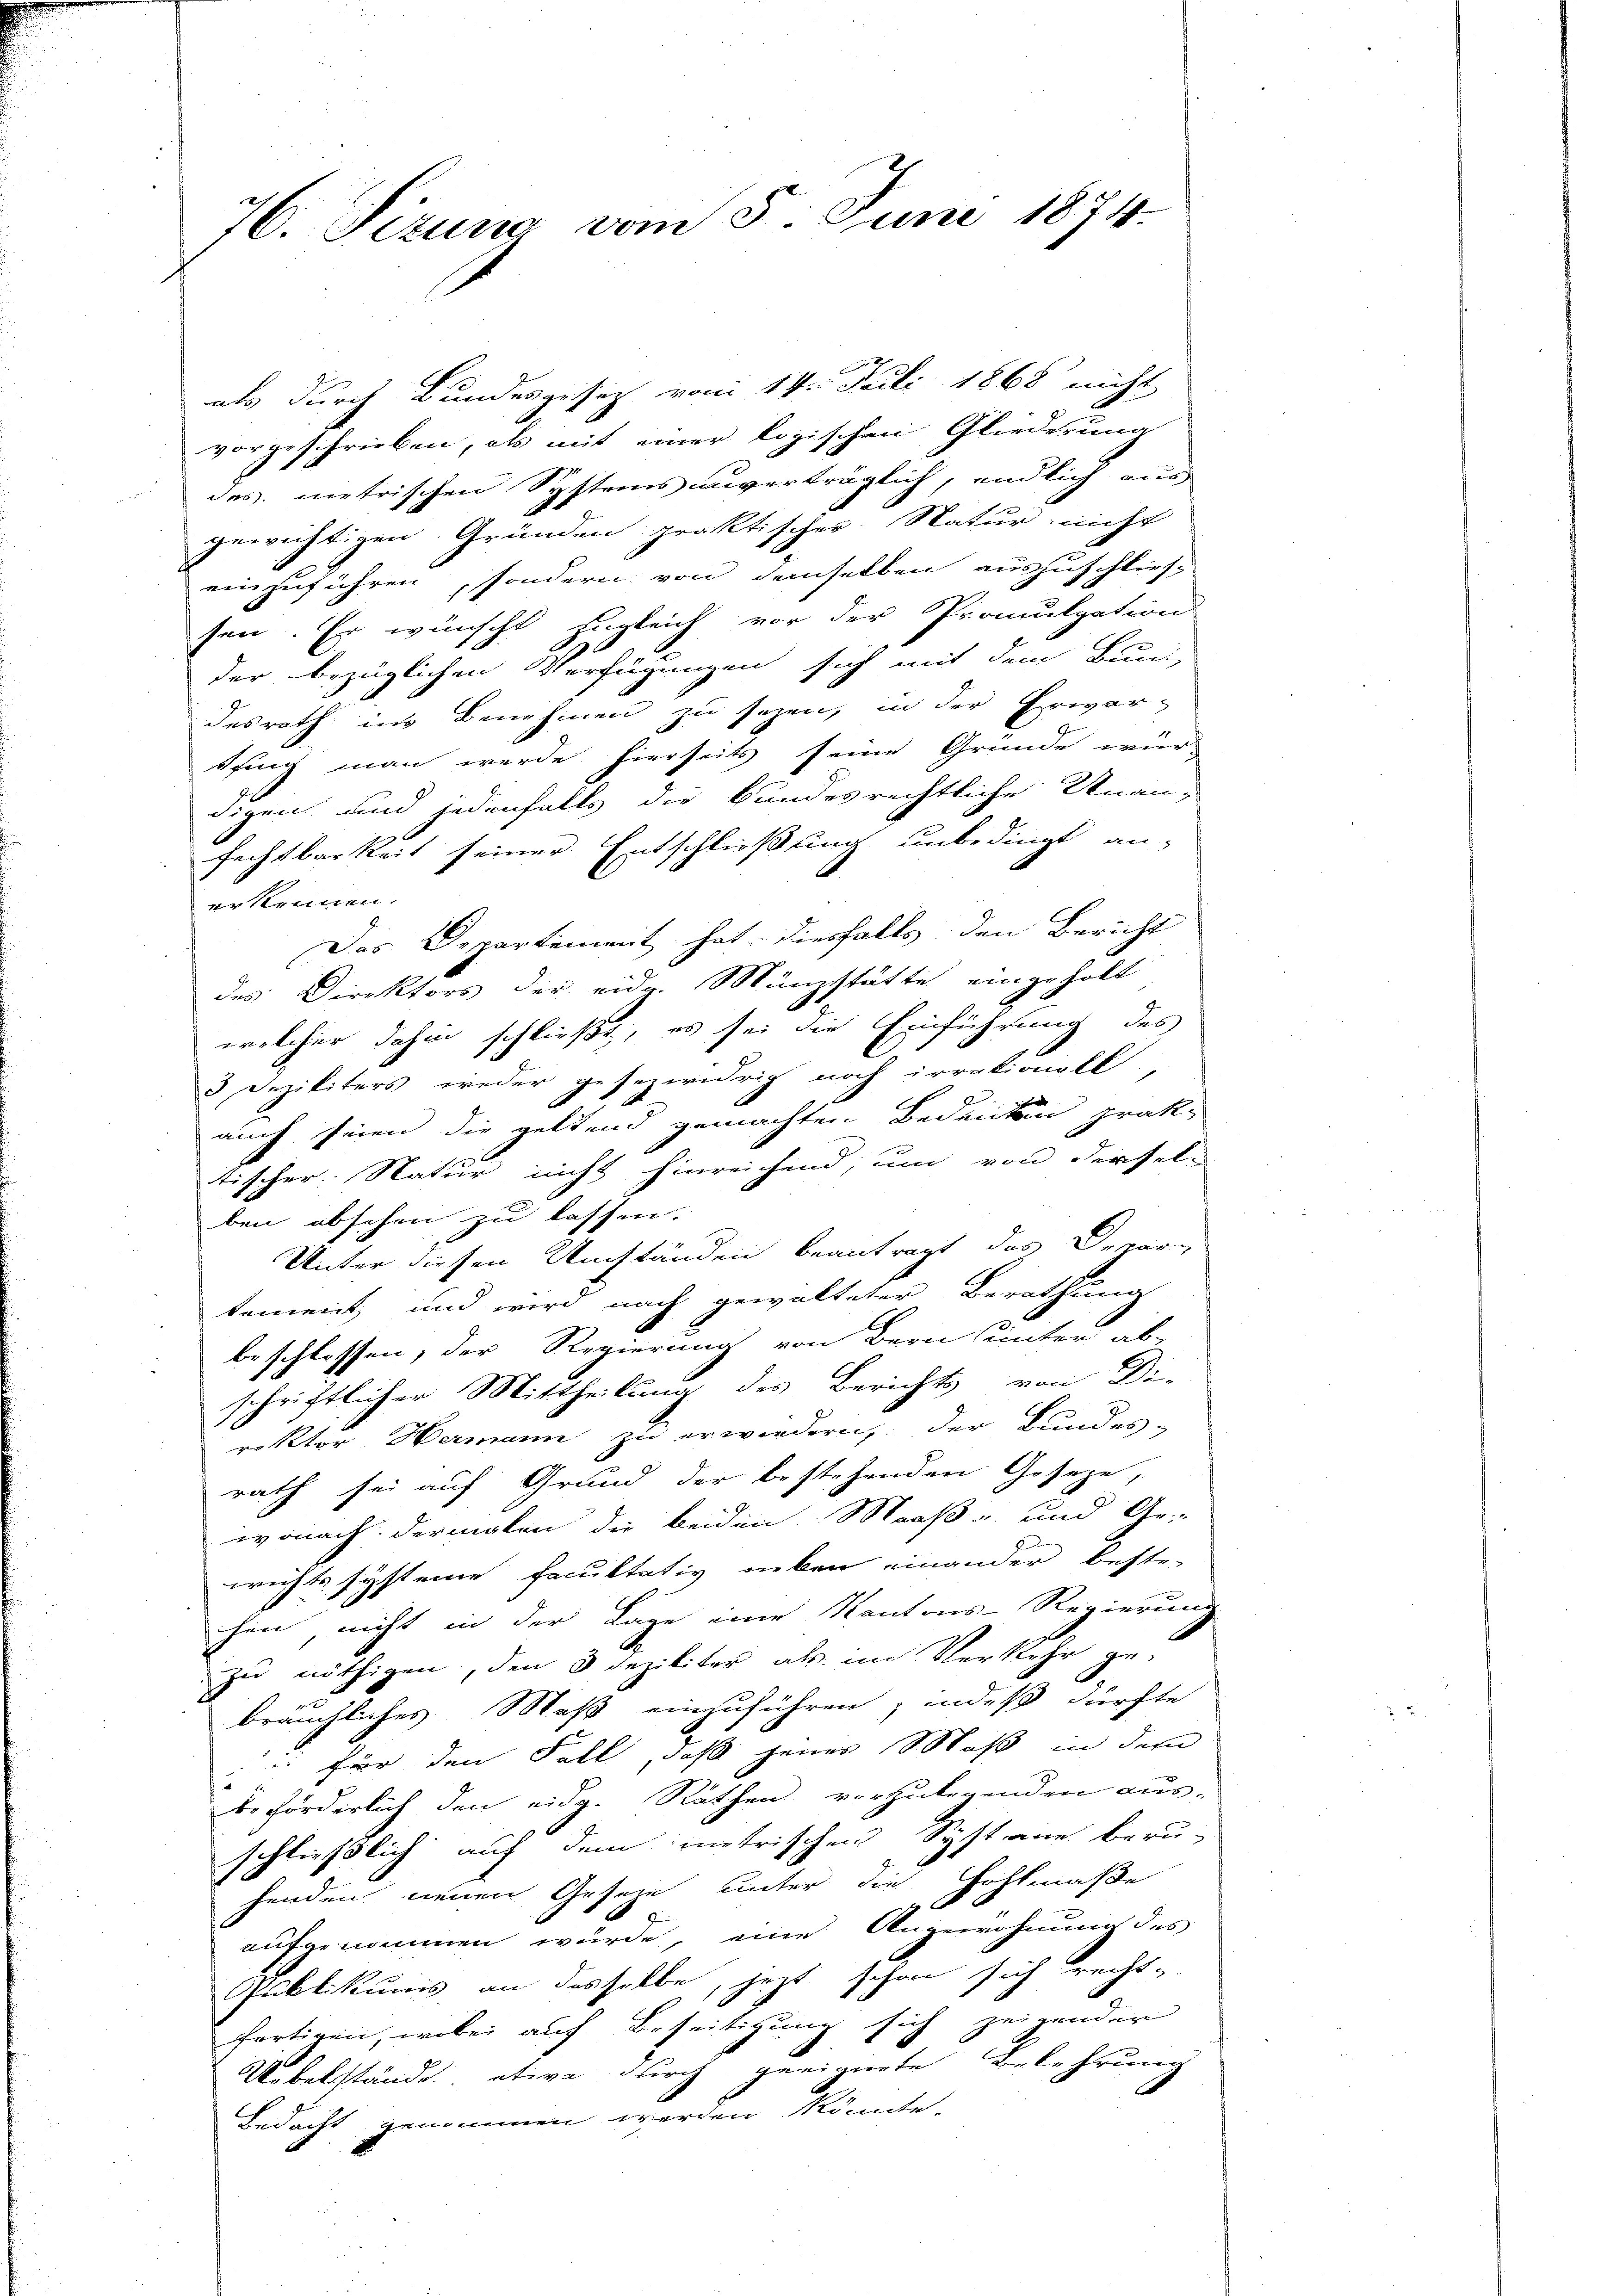
als durch Bundesgesetz vom 14. Juli 1868 nicht
vorgeschrieben, als mit einer logischen Gliederung
das metrischen Systems anverträglich, endlich aus
gewichtigen Gründen praktischer Natur nicht
einzuführen, sondern von demselben auszuschlies-
sen. Er wünscht zugleich vor der Promulgations
der bezüglichen Verfügungen sich mit dem Bun
desrath in Benehmen zu sezen, in der Erwar-
Pfing man werde hierseits seine Grunde wür
digen und jedenfalls die bundesrechtliche Unan-
fechtbarkeit seiner Entschließung unbedingt an-
erkennen.
Das Departement hat diesfalls den Bericht
des Direktors der eidg. Münzstätte eingeholt
welcher dahin schließt, es sei die Einführung des
3 Deziliters weder gesezwidrig noch irrationell.
2
auch seien die geltend gemachten Bedenken prak-
tischer Natur nicht hinreichend, um von derselben absehen zu lassen.
Unter diesen Umständen beantragt das Depar
tement und wird nach gewalteter Berathung
beschlossen, der Regierung von Bern unter ab-
schriftlicher Mittheilung des Berichts von Di-
rektor Hermann zu erwiedern, der Bundes-
rath sei auf Grund der bestehenden Geseze,
wonach dermalen die beiden Maaß- und Ge-
wichts syst eine Facultativ neben einander beste-
hen, nicht in der Lage eine Kantons-Regierung
zu nöthigen, den 3 Dezikiter als im Verkehr ge-
bräuchliches Maß einzuführen; indeß dürfte
 für den Fall, daß jener Maß in dem
beförderlich den eidg. Rathen vorzulegenden aus-
schließlich auf dem metrischen Systane beru-
henden neuen Geseze unter die Hohlmaße
aufgenommen würde, eine Angewohnung des
Publikums an desselbe, jetzt schon sich rechtfertigen, wobei auf Beseitigung sich zeigender
Uebelstände, etwa durch geeignete Belehrung
Bedacht genommen werden könnte.

76. Sizung vom 5. Juni 1874.